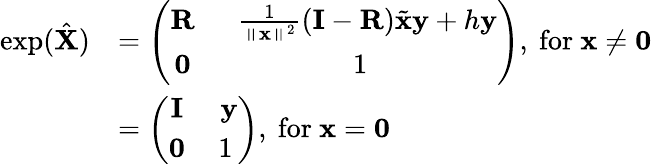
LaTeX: \begin{array}{rl}{\exp(\hat{\mathbf{X}})}&{=\left(\begin{array}{cc}{\mathbf{R}}&{\ \ \frac{1}{\left\Vert\mathbf{x}\right\Vert^{2}}(\mathbf{I}-\mathbf{R})\tilde{\mathbf{x}}\mathbf{y}+h\mathbf{y}}\\ {\mathbf{0}}&{1}\end{array}\right),\ \mathrm{for\ }\mathbf{x}\neq\mathbf{0}\ }\\ &{=\left(\begin{array}{cc}{\mathbf{I}}&{\ \mathbf{y}}\\ {\mathbf{0}}&{1}\end{array}\right),\ \mathrm{for\ }\mathbf{x}=\mathbf{0}}\end{array}